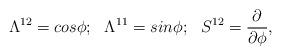
LaTeX: \begin{align*}\Lambda^{12}=cos\phi;~~\Lambda^{11}=sin\phi;~~S^{12}={{\partial}\over{\partial\phi}},\end{align*}